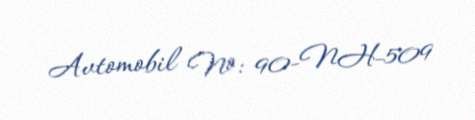
Avtomobil №: 90-NH-509